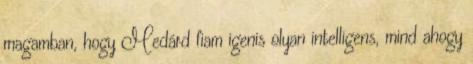
magamban, hogy Medárd fiam igenis olyan intelligens, mind ahogy